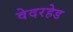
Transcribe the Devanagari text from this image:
वेदरहेड